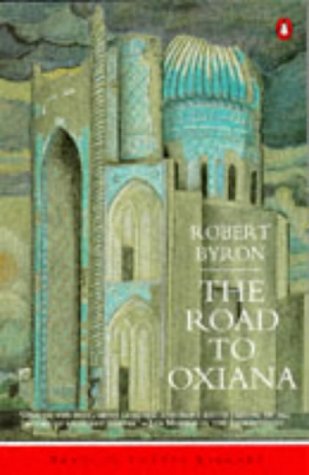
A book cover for The Road to Oxiana (Penguin Travel Library); Robert Byron; Travel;